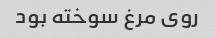
روی مرغ سوخته بود